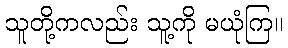
သူတို့ကလည်း သူ့ကို မယုံကြ။